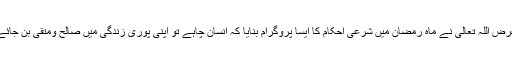
غرض اللہ تعالیٰ نے ماہِ رمضان میں شرعی احکام کا ایسا پروگرام بنایا کہ انسان چاہے تو اپنی پوری زندگی میں صالح ومتقی بن جائے۔